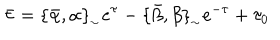
\bar { \tau } = \{ \bar { \alpha } , \alpha \} _ { _ { \sim } } e ^ { \tau } - \{ \bar { \beta } , \beta \} _ { _ { \sim } } e ^ { - \tau } + \tau _ { 0 }